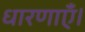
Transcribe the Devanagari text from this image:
धारणाएँ।